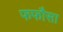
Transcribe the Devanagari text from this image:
फफौसा